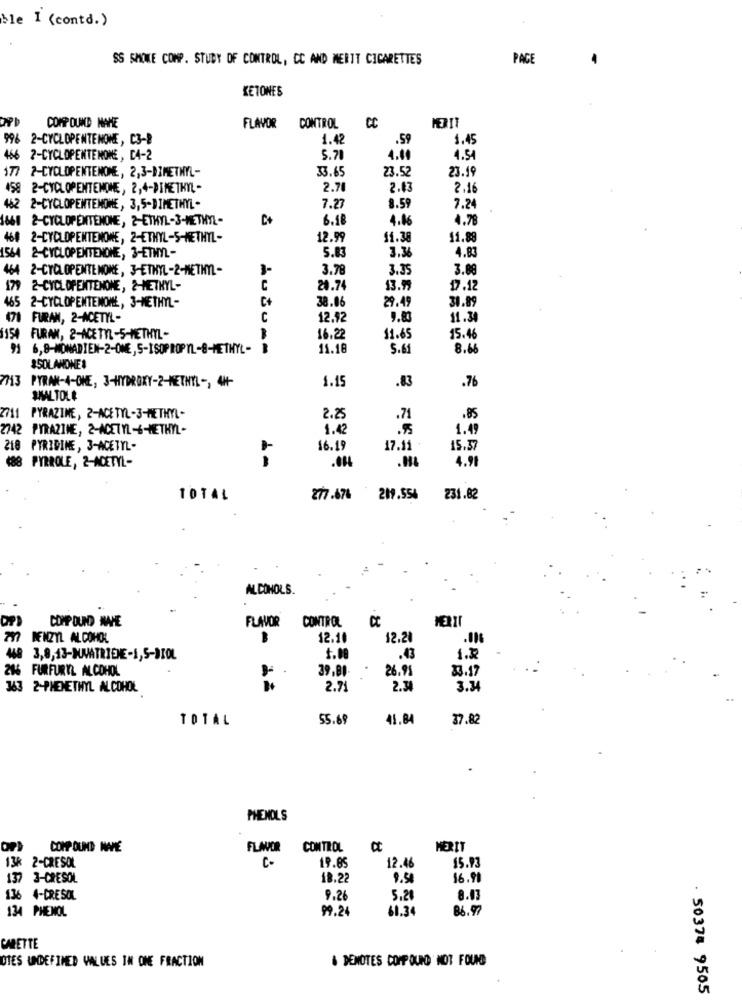
ble I (contd.)
SS SMOKE COMP. STUDY OF CONTROL, CC AND MEDIT CIGARETTES
PACE
KETONES
COMP OUND NAME
FLAVOR CONTROL
996
2-CYCLOPENTENOME, C3-8
1.42
.59
1.45
466 2-CYCLOPENTEMONE, C4-2
5.71
4.00
4.54
177 2-CYCLOPENTENONE, 2,3-DIMETHYL-
33.65
23.52
23.19
4SS 2-CYCLOPENTEMOHE, 2,4-DIMETHYL -
2.70
2.43
2.16
2-CYCLOPENTENOME, 3,5-DIMETHYL -
7.27
8.59
7.24
1661
2-CYCLOPENTENONE, 2-ETHYL-3-METHYL-
C+
6.18
4.00
4.78
460
2-CYCLOPENTENONE, 2-ETHYL-S-METHYL-
12.99
11.38
11.89
5.83
3.3
4.83
1564 2-CYCLOPENTENONE, 3-ETHYL-
46.4
2-CYCLOPENTE NOME, 3-ETHYL-2-METHYL-
3-
3.78
3.35
3.88
179
2-CYCLOPENTENONE, 2-METHYL-
C
24.74
13.99
17.12
38.06
29.49
31.89
465 2-CYCLOPENTENOME, 3-METHYL-
FURAN, 2-ACETYL-
C
12.92
9.83
11.30
154 FURAN, 2-ACETYL-5-METHYL-
16.22
11.65
15.46
91 6,8-MONADIEN-2-ONE, S-ISOPROPYL-8-METHYL -
11.18
5.65
8.6
ISOLANOMES
713
.83
.76
PYRAN-4-ONE, 3-HYDROXY-2-METHYL -, 4H-
1.15
SMALTOLE
Z711 PYRAZINE, 2-ACETYL-3-METHYL-
2.25
.71
.85
2742 PYRAZINE, 2-ACETYL-6-METHYL-
1.42
.5
1.49
218 PYRIDINE, 3-ACETYL-
16.19
17.11
15.37
.044
488 PYRROLE, 2-ACETYL-
4.98
10TAL
277.676
219.554
231.82
ALCOHOLS.
COMP DUND NAHE
FLAVOR CONTROL
CC
m
BENZYL ALCOHOL
12.11
12.21
448 3,8,13-MJATRIENE-1,5-DIOL
5.00
.43
1.2
286 FURFURYL ALCOHOL
39.80-
26.91
33.17
363 2-PHENETHYL ALCOHOL
2.71
2.34
3.4
TOTAL
55.69
41.84
37.82
PHENOLS
COMP OUND MAPE
FLAVOR
CONTROL
Ct
MERIT
13€
C-
15.93
2-CRESOL
19.85
12.46
137 3-CRESOL
18.22
9.50
16.91
136 4-CRESOL
9.26
5.28
8.07
134 PHENOL
99.24
61.34
86.97
CARETTE
& DENOTES COMP OUND NOT FOUND
DIES UNDEFINED VALUES IN ONE FRACTION
50374 9505